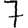
Digit: 7